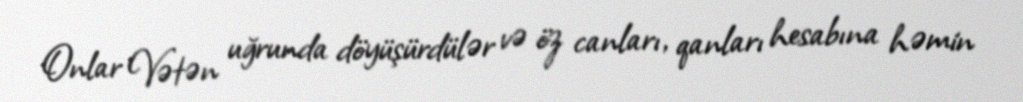
Onlar Vətən uğrunda döyüşürdülər və öz canları, qanları hesabına həmin